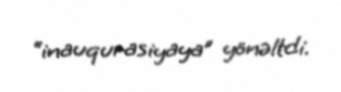
“inauqurasiyaya” yönəltdi.